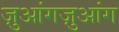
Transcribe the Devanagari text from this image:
ज़ुआंगज़ुआंग